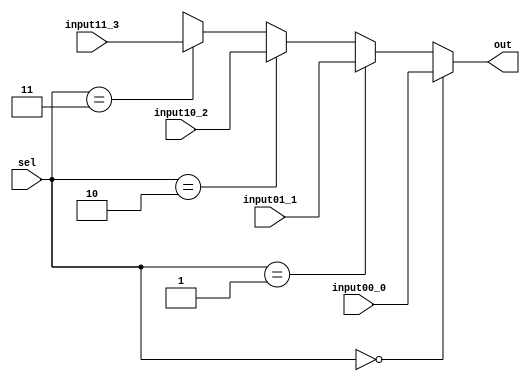
//mux 4 to 1 - 32 bits inputs e outputs e 2 bits sel
//ALUSrcB

module mux4to1_32b(input wire [31:0] input00_0, 
                   input wire [31:0] input01_1, 
                   input wire [31:0] input10_2, 
                   input wire [31:0] input11_3, 
                   input wire [1:0] sel, 
                   output wire [31:0] out);
  
  assign out = (sel == 2'b00) ? input00_0 : 
               (sel == 2'b01) ? input01_1 :
               (sel == 2'b10) ? input10_2 :
               (sel == 2'b11) ? input11_3 :
               32'bXXXXXXXXXXXXXXXXXXXXXXXXXXXXXXXX;
      
endmodule